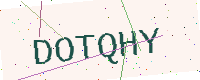
Text: DOTQHY